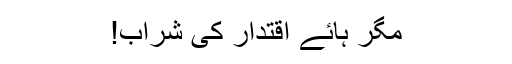
مگر ہائے اقتدار کی شراب!